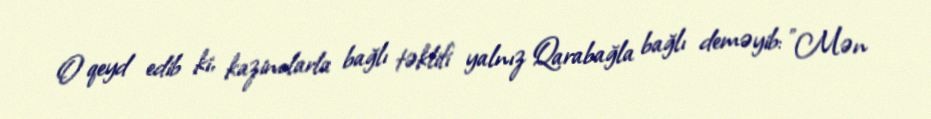
O qeyd edib ki, kazinolarla bağlı təklifi yalnız Qarabağla bağlı deməyib: "Mən